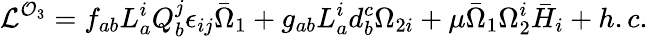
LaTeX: {\cal L}^{{\cal O}_{3}}=f_{ab}L_{a}^{i}Q_{b}^{j}\epsilon_{ij}\bar{\Omega}_{1}+g_{ab}L_{a}^{i}d_{b}^{c}\Omega_{2i}+\mu\bar{\Omega}_{1}\Omega_{2}^{i}\bar{H}_{i}+h.c.